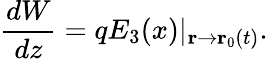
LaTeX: \frac{dW}{dz}=qE_{3}(x)|_{\mathbf{r}\rightarrow\mathbf{r}_{0}(t)}.